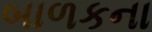
બાળકના